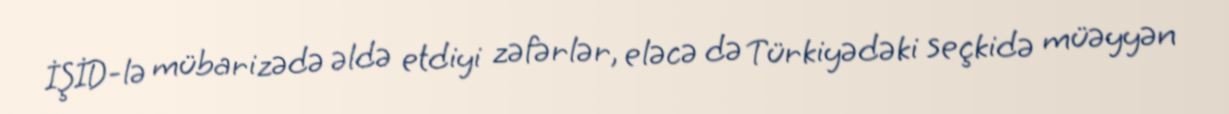
İŞİD-lə mübarizədə əldə etdiyi zəfərlər, eləcə də Türkiyədəki seçkidə müəyyən